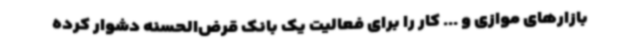
بازارهای موازی و ... کار را برای فعالیت یک بانک قرض‌الحسنه دشوار کرده